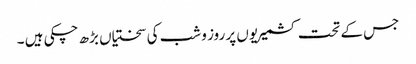
جس کے تحت کشمیریوں پر روز و شب کی سختیاں بڑھ چکی ہیں ۔